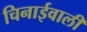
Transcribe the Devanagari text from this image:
चिनाईवालीं